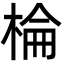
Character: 棆